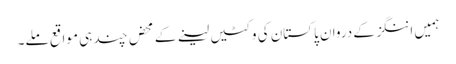
ہمیں اننگز کے دروان پاکستان کی وکٹیں لینے کے محض چند ہی مواقع ملے۔